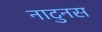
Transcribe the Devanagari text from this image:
नाटुनस